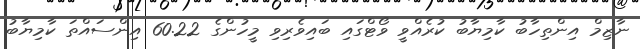
ނާޒިމް އިންތިހާބު ކާމިޔާބު ކުރެއްވީ ވޯޓްގައި ބައިވެރިވި މީހުންގެ 60.22 އިންސައްތަ ކާމިޔާބު